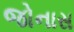
જોનાસ